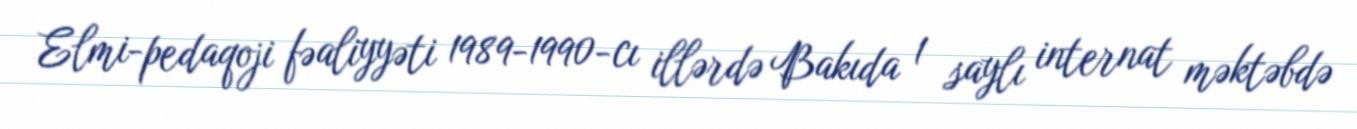
Elmi-pedaqoji fəaliyyəti 1989-1990-cı illərdə Bakıda 1 saylı internat məktəbdə